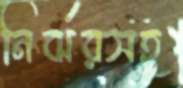
নির্ঝরসহ